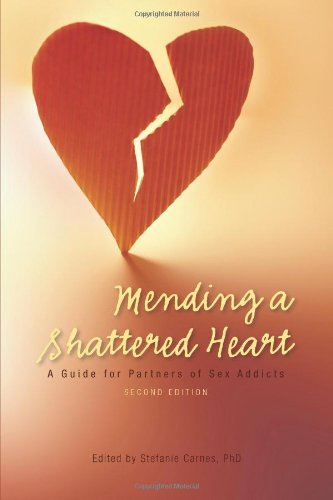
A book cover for Mending a Shattered Heart: A Guide for Partners of Sex Addicts; Self-Help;